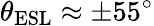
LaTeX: \theta_{\mathrm{ESL}}\approx\pm 55^{\circ}